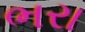
ભરા